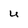
Character: u